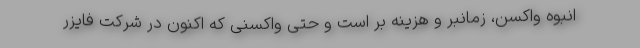
انبوه واکسن، زمانبر و هزینه بر است و حتی واکسنی که اکنون در شرکت فایزر